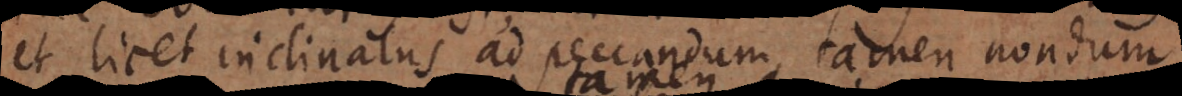
et licet inclinatus ad peccandum, tamen nondum